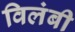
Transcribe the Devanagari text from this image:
विलंबी